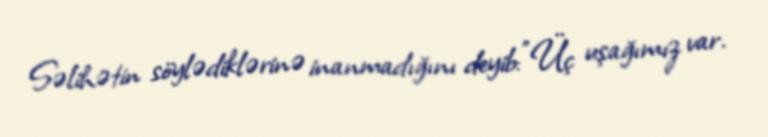
Səlihətin söylədiklərinə inanmadığını deyib:"Üç uşağımız var.